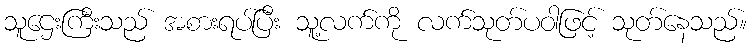
သူဌေးကြီးသည် အစားရပ်ပြီး သူ့လက်ကို လက်သုတ်ပဝါဖြင့် သုတ်နေသည်။